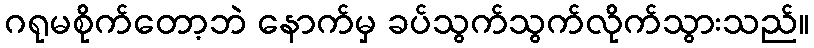
ဂရုမစိုက်တော့ဘဲ နောက်မှ ခပ်သွက်သွက်လိုက်သွားသည်။